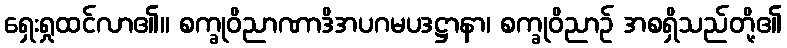
ရှေးရှုထင်လာ၏။ စက္ခုဝိညာဏာဒိအပဂမပဒဋ္ဌာနာ၊ စက္ခုဝိညာဉ် အစရှိသည်တို့၏